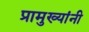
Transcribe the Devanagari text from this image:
प्रामुख्यांनी